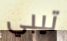
تيبي